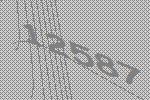
12587